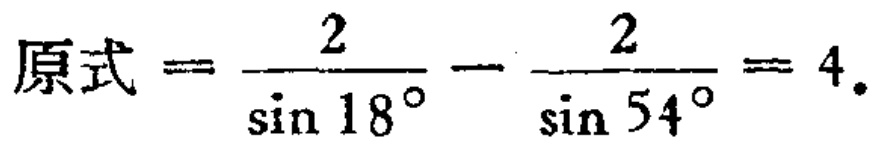
原式\(=\frac{2}{\sin 18^{\circ}}-\frac{2}{\sin 54^{\circ}} = 4\)